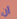
أن